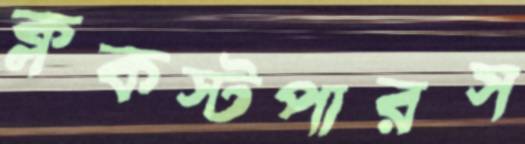
ক্লকস্টপারস